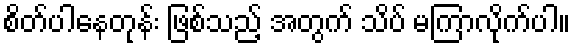
စိတ်ပါနေတုန်း ဖြစ်သည့် အတွက် သိပ် မကြာလိုက်ပါ။